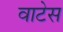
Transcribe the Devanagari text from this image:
वाटेस